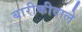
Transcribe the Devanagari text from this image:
बारीकीवाले